Civil Veterinary Dept. North-West Frontier Province 1901-22 - 1901-1922
Year: 1901
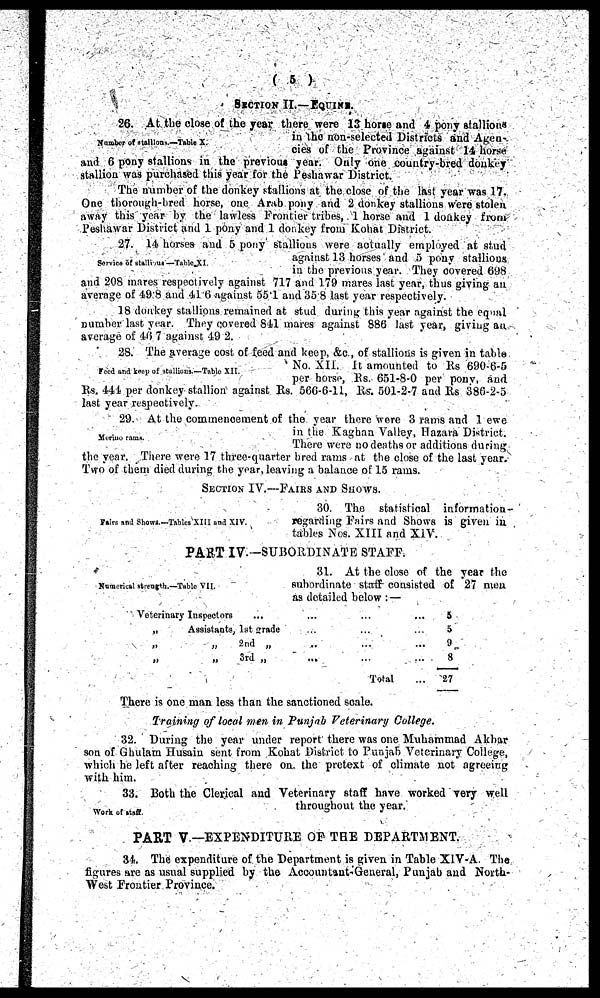
(5)
SECTION II.—EQUINE.
Number of stallions.—Table X.
26. At the close of the year there were 13 horse and 4 pony stallions
in the non-selected Districts and Agen-
cies of the Province against 14 horse
and 6 pony stallions in the previous year. Only one country-bred donkey
stallion was purchased this year for the Peshawar District.
The number of the donkey stallions at the close of the last year was 17.
One thorough-bred horse, one Arab pony and 2 donkey stallions were stolen
away this year by the lawless Frontier tribes, 1 horse and 1 donkey from
Peshawar District and 1 pony and 1 donkey from Kohat District.
Service of stallions—Table XI.
27. 14 horses and 5 pony stallions were actually employed at stud
against 13 horses and 5 pony stallions
in the previous year. They covered 698
and 208 mares respectively against 717 and 179 mares last year, thus giving an
average of 49.8 and 41.6 against 55.1 and 35 8 last year respectively.
18 donkey stallions remained at stud during this year against the equal
number last year. They covered 841 mares against 886 last year, giving an
average of 46 7 against 49 2.
Feed and keep of stallions.—Table XII.
28. The average cost of feed and keep, &c., of stallions is given in table
No. XII. It amounted to Rs 690-6-5
per horse, Rs. 651-8-0 per pony, and
Rs. 444 per donkey stallion against Rs. 566-6-11, Rs. 501-2-7 and Rs 386-2-5
last year respectively.
Merino rams.
29. At the commencement of the year there were 3 rams and 1 ewe
in the Kaghan Valley, Hazara District.
There were no deaths or additions during
the year. There were 17 three-quarter bred rams at the close of the last year.
Two of them died during the year, leaving a balance of 15 rams.
SECTION IV.—FAIRS AND SHOWS.
Fairs and Shows.-Tables XIII and XIV.
30. The statistical information¬
regarding Fairs and Shows is given in
tables Nos. XIII and XIV.
PART IV.—SUBORDINATE STAFF.
Numerical strength.—Table VII.
31. At the close of the year the
subordinate staff consisted of 27 men
as detailed below:—
Veterinary Inspectors ... ... ... ...
„
Assistants, 1st grade ... ... ...
„
„
2nd „ ... ... ...
„
„
3rd „ ... ... ...
Total...
5
5
9
8
27
There is one man less than the sanctioned scale.
Training of local men in Punjab Veterinary College.
32. During the year under report there was one Muhammad Akbar
son of Ghulam Husain sent from Kohat District to Punjab Veterinary College,
which he left after reaching there on the pretext of climate not agreeing
with him.
Work of staff.
33. Both the Clerical and Veterinary staff have worked very well
throughout the year.
PART V.—EXPENDITURE OF THE DEPARTMENT.
34. The expenditure of the Department is given in Table XIV-A. The
figures are as usual supplied by the Accountant-General, Punjab and North-
West Frontier Province.